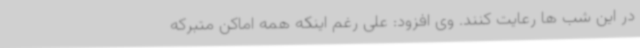
در این شب ها رعایت کنند. وی افزود: علی رغم اینکه همه اماکن متبرکه